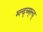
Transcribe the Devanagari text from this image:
म्ल्द्च्म्ल्द्